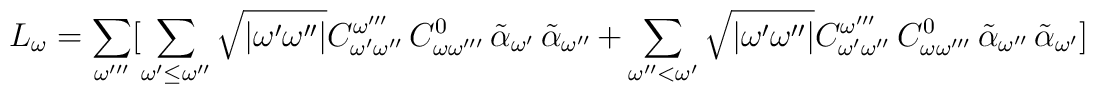
L_\omega = \sum _{\omega'''} [ \sum_{\omega'\leq \omega''}\sqrt{|\omega' \omega''|} C_{\omega' \omega''}^{\omega'''}\:C_{\omega \omega'''}^0 \:\tilde{\alpha}_{\omega'}\:\tilde{\alpha}_{\omega''} +  \sum_{\omega''< \omega'} \sqrt{|\omega' \omega''|} C_{\omega' \omega''}^{\omega'''}\:C_{\omega \omega'''}^0 \:\tilde{\alpha}_{\omega''} \:\tilde{\alpha}_{\omega'}]